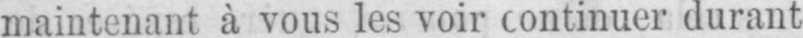
maintenant à vous les voir continuer durant